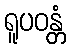
ရူပဝန္တံ